Annual administration report of the Civil Veterinary Department of India - 1905-1906
Year: 1905
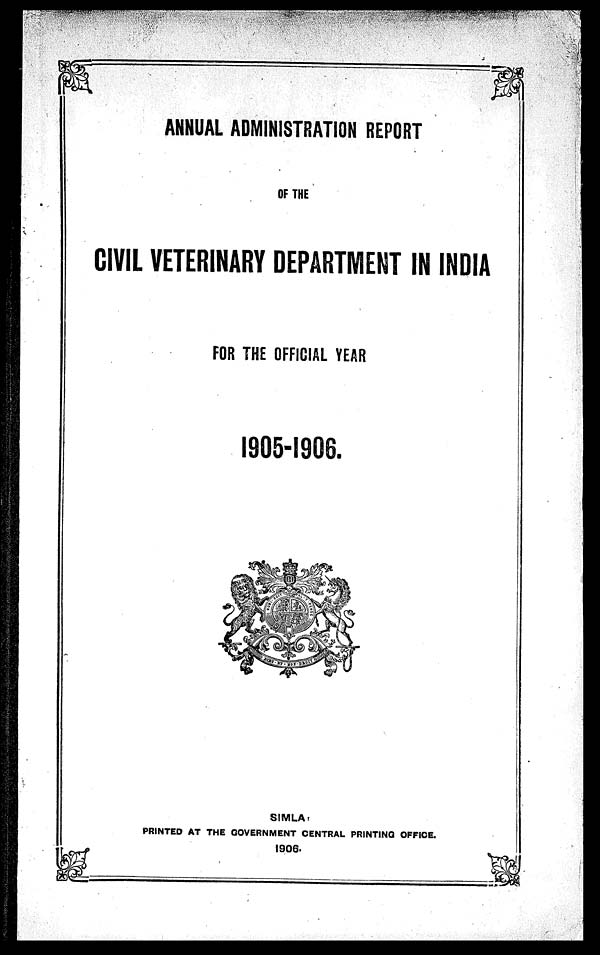
ANNUAL ADMINISTRATION REPORT
OF THE
CIVIL VETERINARY DEPARTMENT IN INDIA
FOR THE OFFICIAL YEAR
1905-1906.
SIMLA :
PRINTED AT THE GOVERNMENT CENTRAL PRINTING OFFICE.
1906.